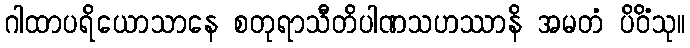
ဂါထာပရိယောသာနေ စတုရာသီတိပါဏသဟဿာနိ အမတံ ပိဝိံသု။